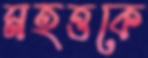
মহত্তকে